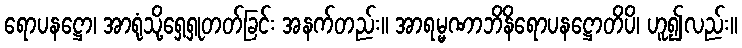
ရောပနဋ္ဌော၊ အာရုံသို့ရှေ့ရှုတတ်ခြင်း အနက်တည်း။ အာရမ္မဏာဘိနိရောပနဋ္ဌောတိပိ၊ ဟူ၍လည်း။